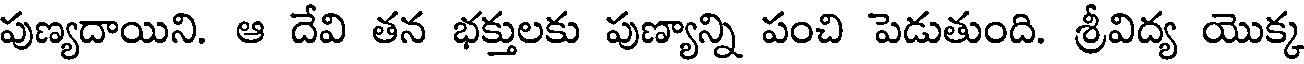
పుణ్యదాయిని. ఆ దేవి తన భక్తులకు పుణ్యాన్ని పంచి పెడుతుంది. శ్రీవిద్య యొక్క